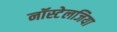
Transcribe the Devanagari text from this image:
नॉस्टेलजिया